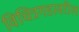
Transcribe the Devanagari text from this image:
विचित्रगडावरील